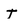
Character: T